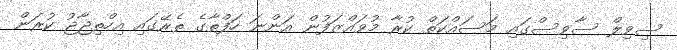
ސިވިލް ސާވިސްގައި މަސައްކަތް ކުރާ މުވައްޒަފުން އަންނަ ހަފްތާގެ ތެރޭގައި އިހްތިޖާޖު ކުރަން